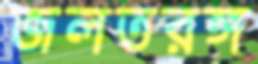
জলতরঙ্গ